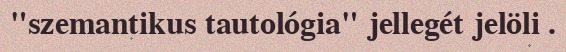
"szemantikus tautológia" jellegét jelöli .